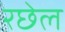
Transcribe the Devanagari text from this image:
रछेल